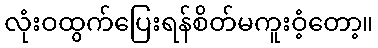
လုံးဝထွက်ပြေးရန်စိတ်မကူးဝံ့တော့။